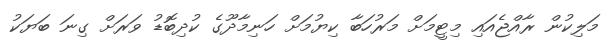
މަލިކުން ރާއްޖެއައި މިޓީމަށް މަރުހަބާ ކިޔުމަށް ހަނިމާދޫގެ ކުދިބޮޑު ވަރަށް ގިނަ ބަޔަކު